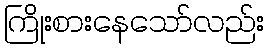
ကြိုးစားနေသော်လည်း